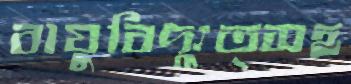
বায়ুবিদ্যুত্সহ